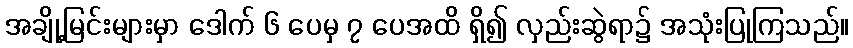
အချို့မြင်းများမှာ ဒေါက် ၆ ပေမှ ၇ ပေအထိ ရှိ၍ လှည်းဆွဲရာ၌ အသုံးပြုကြသည်။